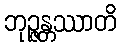
ဘုဉ္ဇန္တဿာတိ